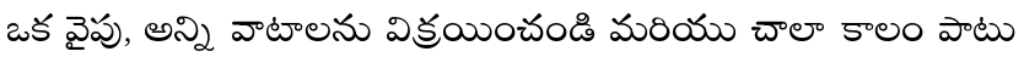
ఒక వైపు, అన్ని వాటాలను విక్రయించండి మరియు చాలా కాలం పాటు